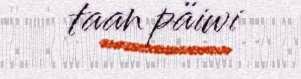
taan päiwi